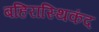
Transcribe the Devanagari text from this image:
बहिरास्थिकंद